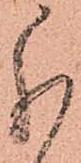
分